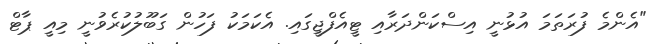
"އެންމެ ފުރަތަމަ އުޅުނީ އިސްކަންދަރާއި ޓީއެފްޖީގައި. އެކަމަކު ފަހުން ގަބޫލުކުރެވުނީ މިއީ ޕާޓް